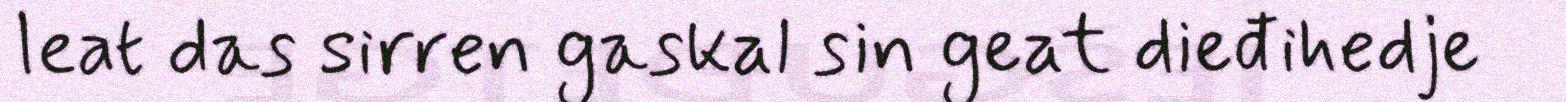
leat das sirren gaskal sin geat dieđihedje